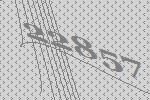
22857